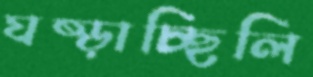
ঘষ্‌ড়াচ্ছিলি